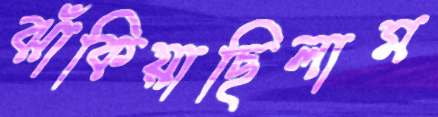
ঝাঁকিয়াছিলাম